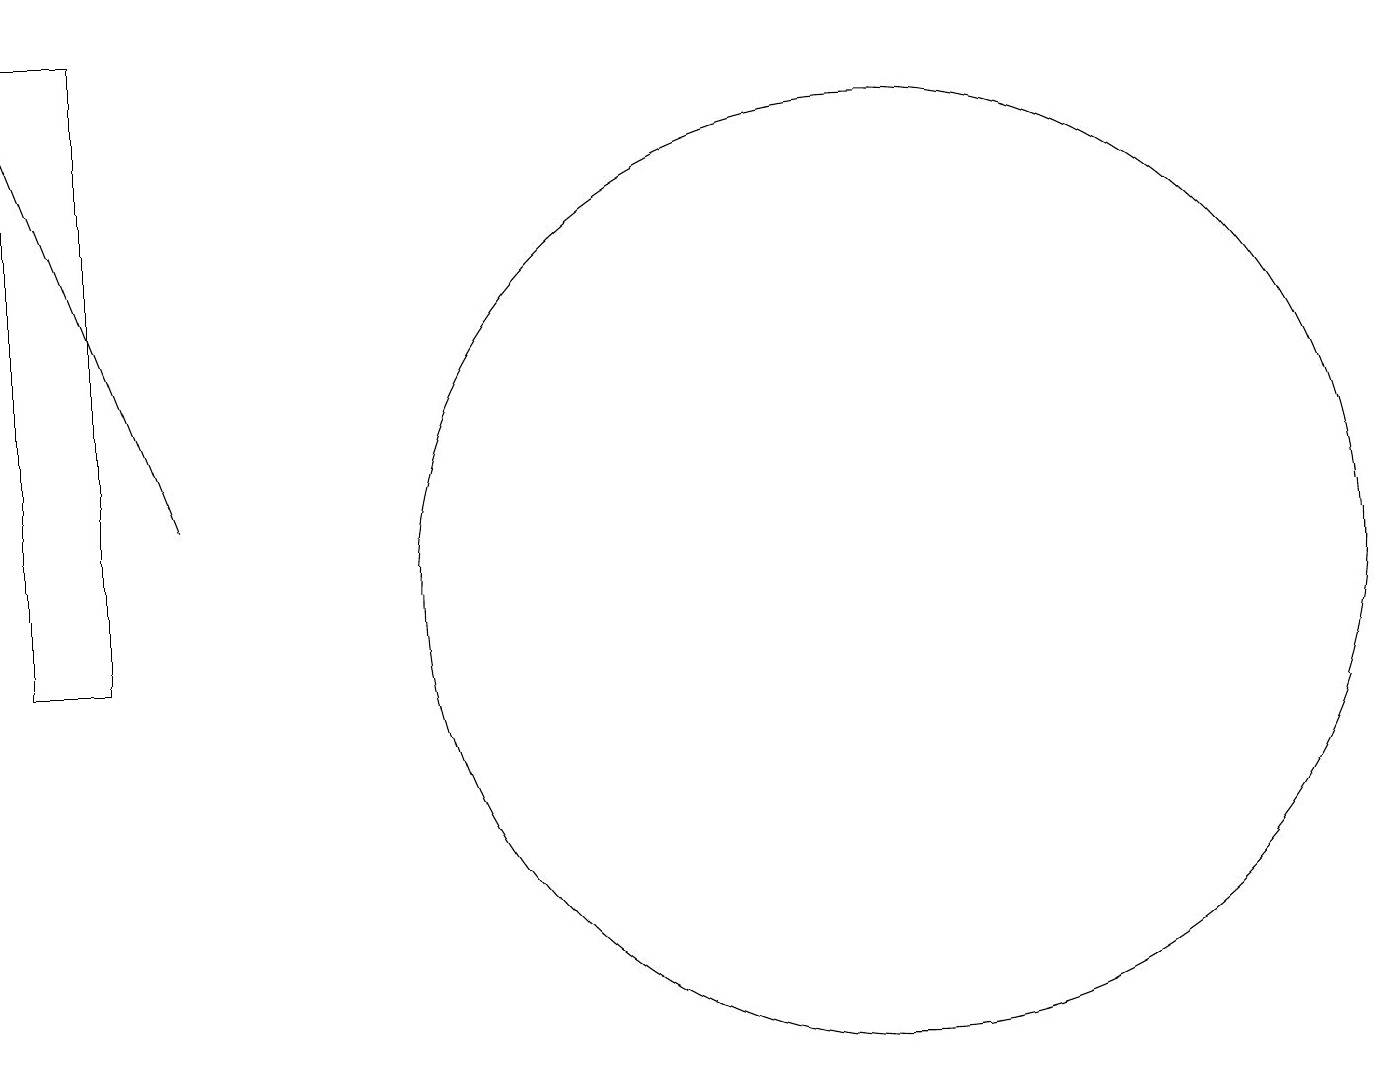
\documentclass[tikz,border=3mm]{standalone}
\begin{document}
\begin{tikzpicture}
\draw[->] (3,12) -- (1,17);
\draw (2,18) rectangle (1,10);
\draw (12,11) circle (6);
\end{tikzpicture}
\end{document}